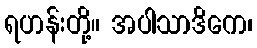
ရဟန်းတို့။ အပါသာဒိကေ၊